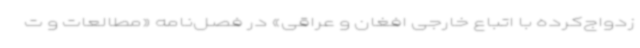
زدواج‌کرده با اتباع خارجی افغان و عراقی» در فصل‌نامه «مطالعات و ت